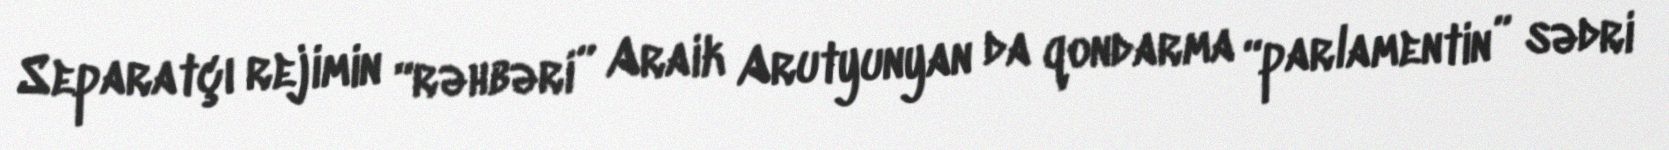
Separatçı rejimin “rəhbəri” Araik Arutyunyan da qondarma “parlamentin” sədri